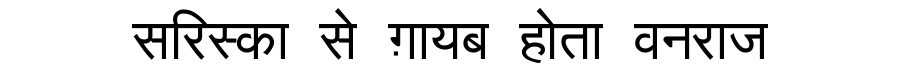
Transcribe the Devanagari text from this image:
सरिस्का से ग़ायब होता वनराज